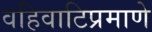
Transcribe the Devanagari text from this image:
वहिवाटिप्रमाणे